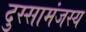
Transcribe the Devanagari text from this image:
दुस्सामंजस्य